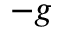
- g